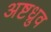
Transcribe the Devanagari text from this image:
अष्टध्रुव